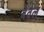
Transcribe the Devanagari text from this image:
बेवल